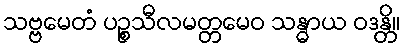
သဗ္ဗမေတံ ပဉ္စသီလမတ္တမေဝ သန္ဓာယ ဝဒန္တိ။